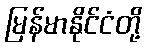
မြန်မာနိုင်ငံတို့